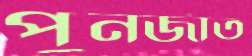
পুনর্জাত